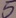
Text: 5